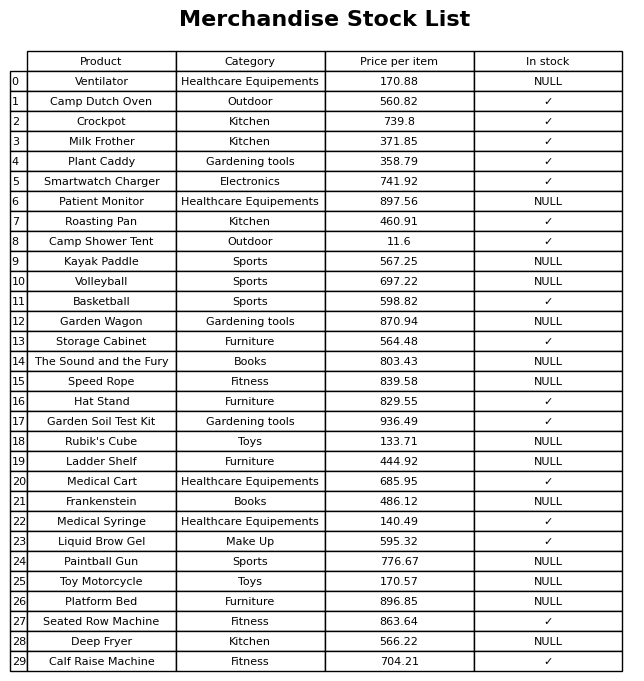
question: What is the price of the Medical Cart?
answer: The price of Medical Cart is 685.95.